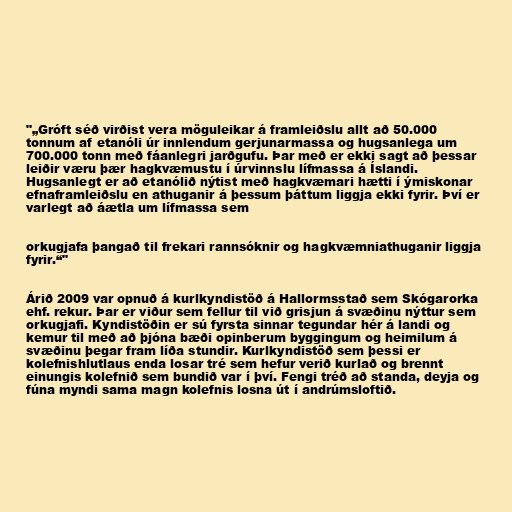
"„Gróft séð virðist vera möguleikar á framleiðslu allt að 50.000
tonnum af etanóli úr innlendum gerjunarmassa og hugsanlega um
700.000 tonn með fáanlegri jarðgufu. Þar með er ekki sagt að þessar
leiðir væru þær hagkvæmustu í úrvinnslu lífmassa á Íslandi.
Hugsanlegt er að etanólið nýtist með hagkvæmari hætti í ýmiskonar
efnaframleiðslu en athuganir á þessum þáttum liggja ekki fyrir. Því er
varlegt að áætla um lífmassa sem

orkugjafa þangað til frekari rannsóknir og hagkvæmniathuganir liggja
fyrir.“"

Árið 2009 var opnuð á kurlkyndistöð á Hallormsstað sem Skógarorka
ehf. rekur. Þar er viður sem fellur til við grisjun á svæðinu nýttur sem
orkugjafi. Kyndistöðin er sú fyrsta sinnar tegundar hér á landi og
kemur til með að þjóna bæði opinberum byggingum og heimilum á
svæðinu þegar fram líða stundir. Kurlkyndistöð sem þessi er
kolefnishlutlaus enda losar tré sem hefur verið kurlað og brennt
einungis kolefnið sem bundið var í því. Fengi tréð að standa, deyja og
fúna myndi sama magn kolefnis losna út í andrúmsloftið.